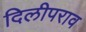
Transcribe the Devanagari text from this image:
दिलीपराव